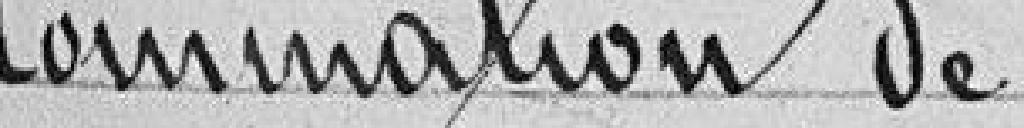
Nomination de